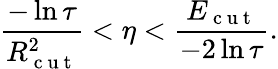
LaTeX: \frac{-\ln{\tau}}{R_{\mathrm{~c~u~t~}}^{2}}<\eta<\frac{E_{\mathrm{~c~u~t~}}}{-2\ln{\tau}}.